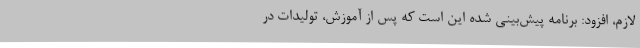
لازم، افزود: برنامه پیش‌بینی شده این است که پس از آموزش، تولیدات در